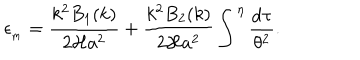
\epsilon _ { _ \mathrm { m } } = \frac { k ^ { 2 } B _ { 1 } ( k ) } { 2 { \cal H } a ^ { 2 } } + \frac { k ^ { 2 } B _ { 2 } ( k ) } { 2 { \cal H } a ^ { 2 } } \int ^ { \eta } \frac { \mathrm { d } \tau } { \theta ^ { 2 } } .